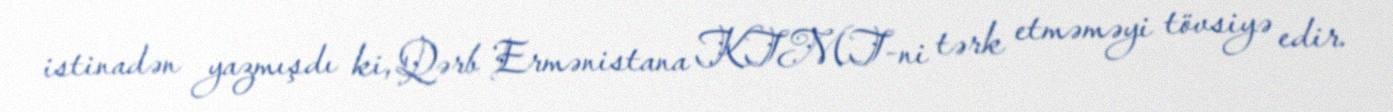
istinadən yazmışdı ki, Qərb Ermənistana KTMT-ni tərk etməməyi tövsiyə edir.